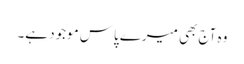
وہ آج بھی میرے پاس موجود ہے۔